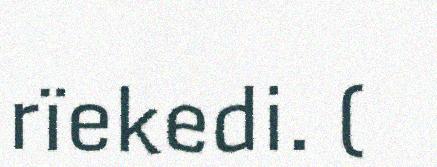
rïekedi. (